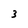
Character: 3